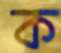
ক